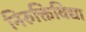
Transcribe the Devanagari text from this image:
निरुक्तिविद्या